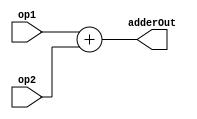
`timescale 1ns / 1ps
//////////////////////////////////////////////////////////////////////////////////
// Company: 
// Engineer: 
// 
// Design Name: 
// Module Name: adder
// Project Name: 
// Target Devices: 
// Tool Versions: 
// Description: 
// 
// Dependencies: 
// 
// Revision:
// Revision 0.01 - File Created
// Additional Comments:
// 
//////////////////////////////////////////////////////////////////////////////////


module adder(
    input [31:0] op1,
    input [31:0] op2,
    output [31:0] adderOut
    );
    
    assign adderOut = op1 + op2;
    
endmodule